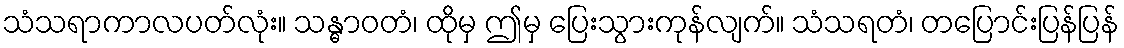
သံသရာကာလပတ်လုံး။ သန္ဓာဝတံ၊ ထိုမှ ဤမှ ပြေးသွားကုန်လျက်။ သံသရတံ၊ တပြောင်းပြန်ပြန်